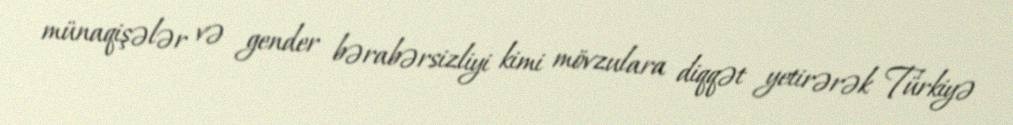
münaqişələr və gender bərabərsizliyi kimi mövzulara diqqət yetirərək Türkiyə